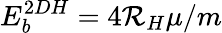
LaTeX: E_{b}^{2DH}=4\mathcal{R}_{H}\mu/m